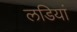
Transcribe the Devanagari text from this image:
लडियां